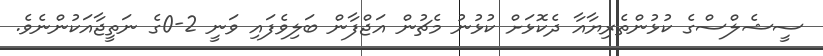
ސީޝެލްސްގެ ކުޅުންތެރިޔާއާ ދެކޮޅަށް ކުޅުނު މެޗުން އަޖްފާން ބަލިވެފައި ވަނީ 2-0ގެ ނަތީޖާއަކުންނެވެ.